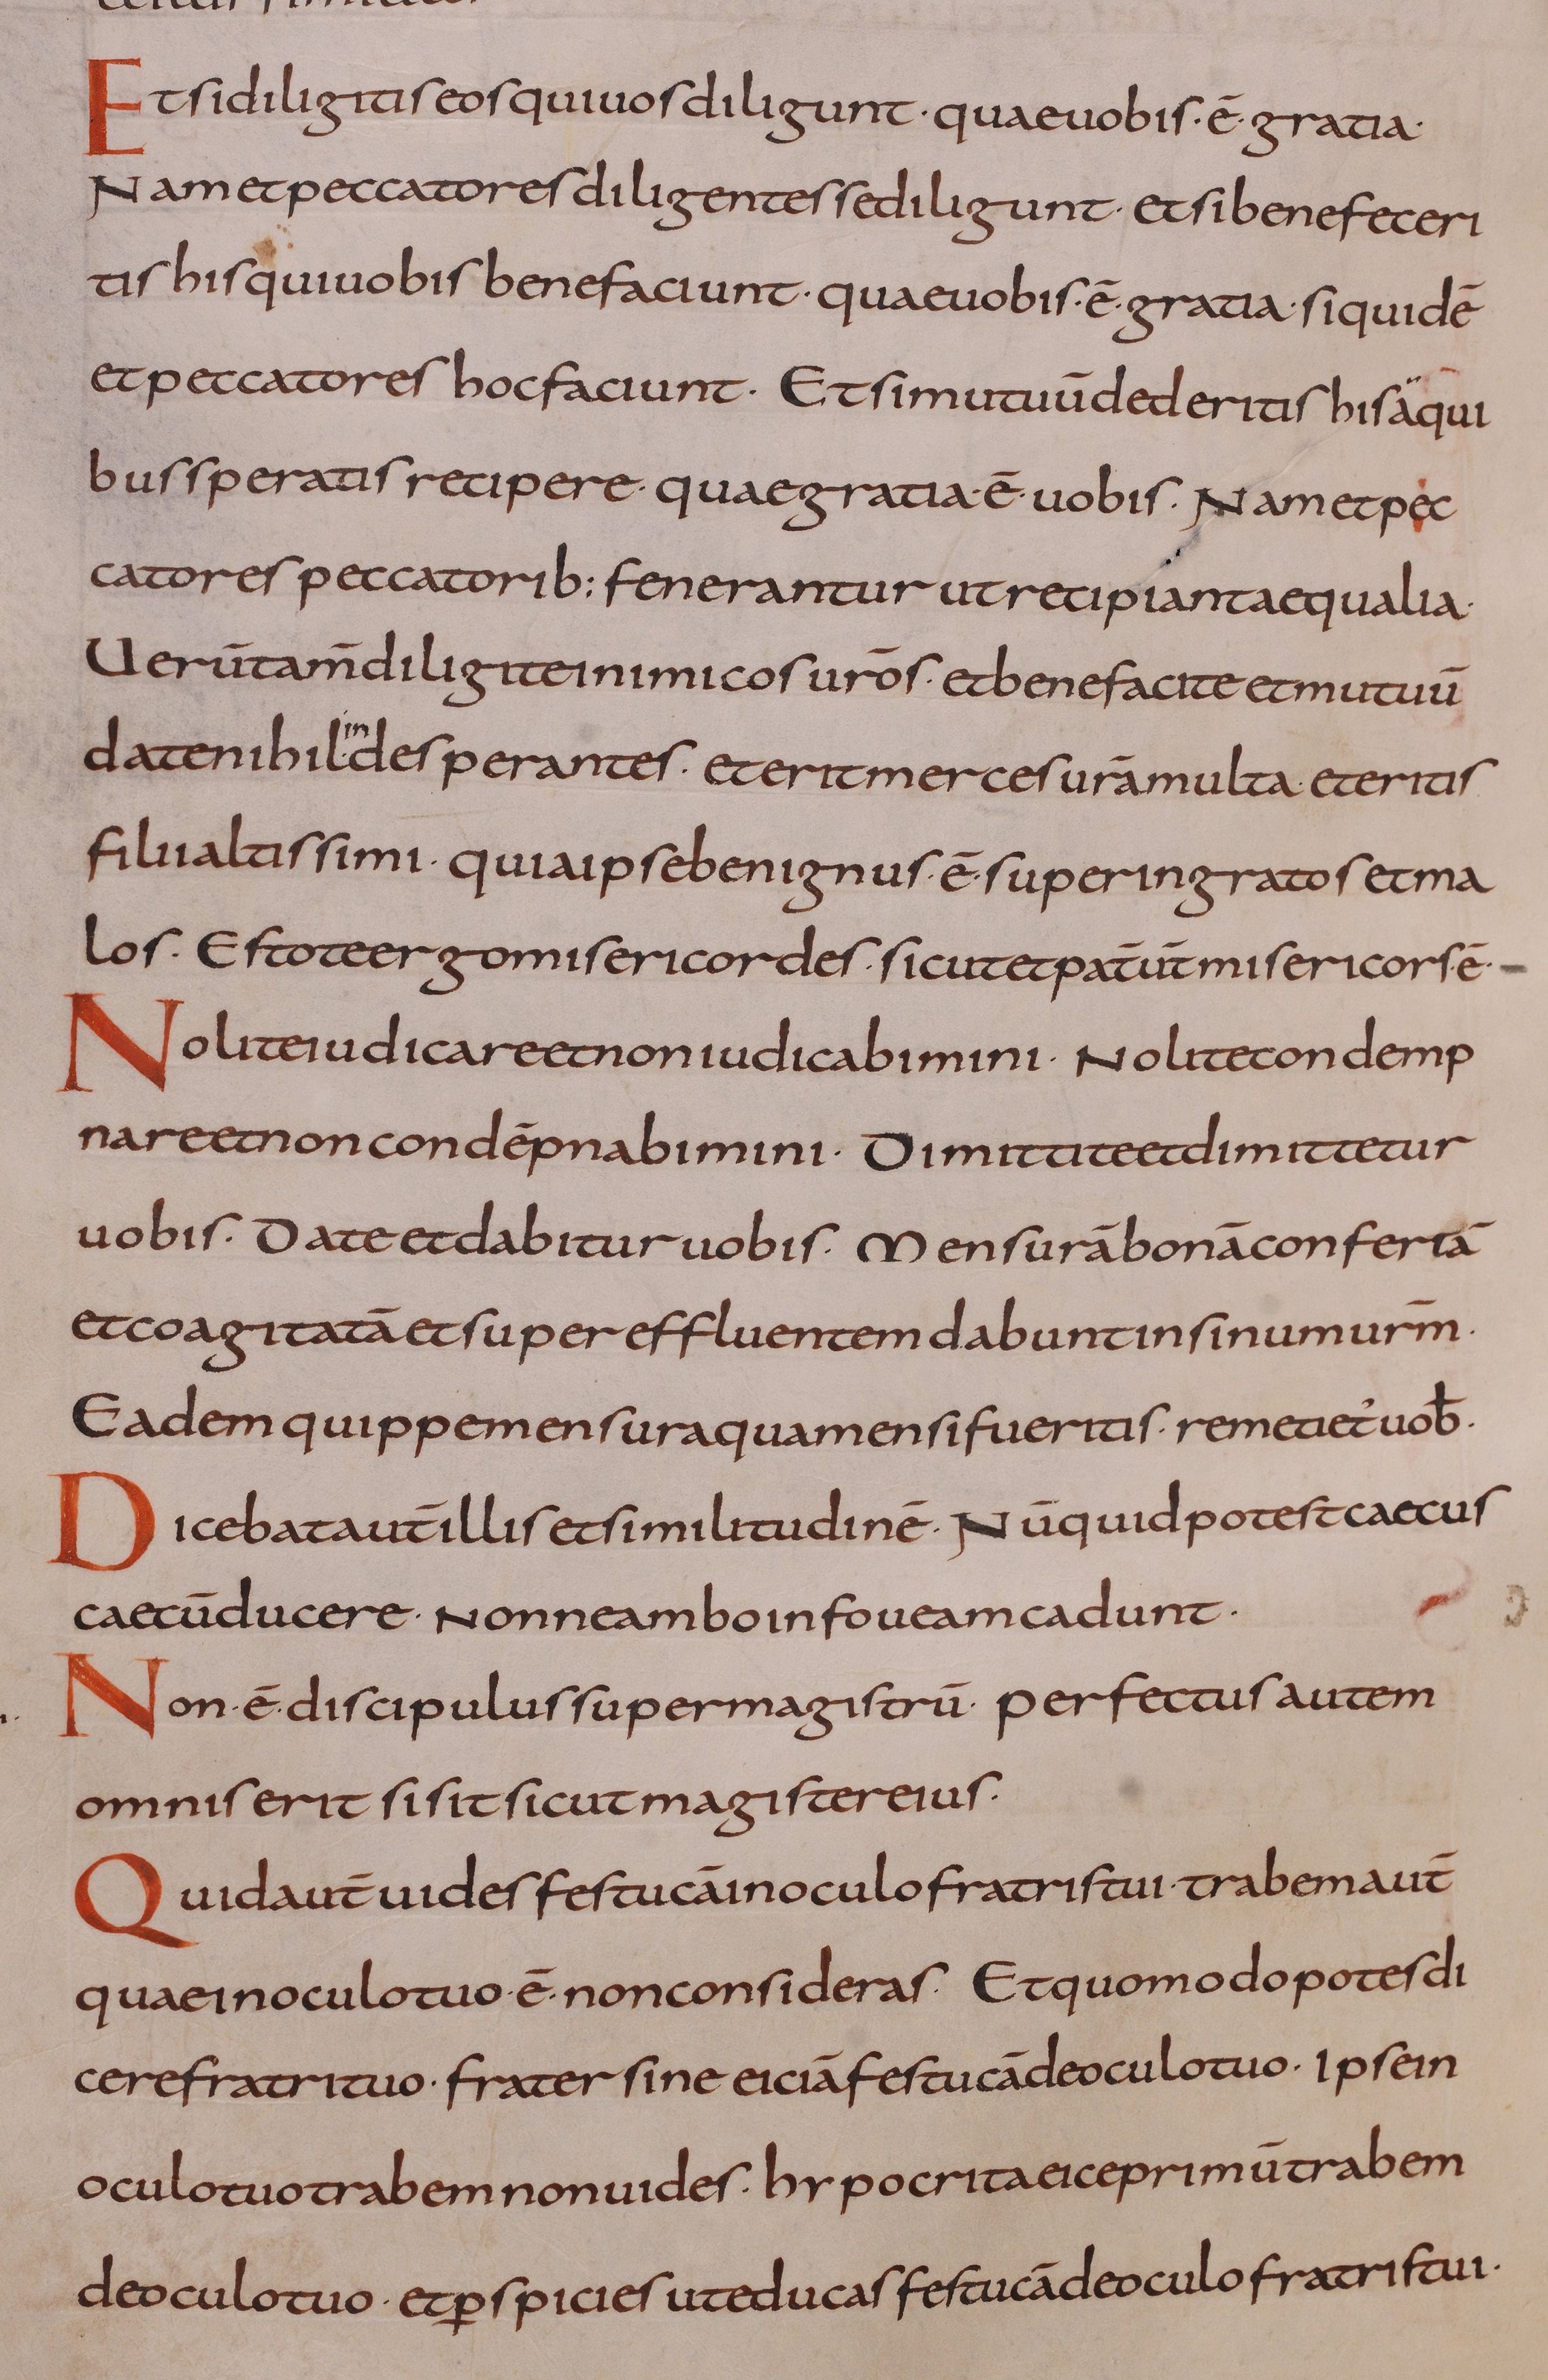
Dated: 800–899